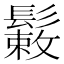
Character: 𩮸